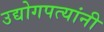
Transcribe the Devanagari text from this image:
उद्योगपत्यांनी